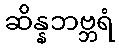
ဆိန္နဘဗ္ဘရံ